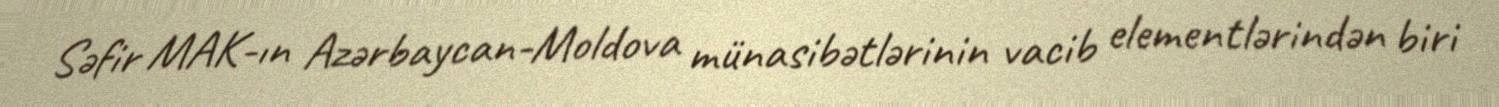
Səfir MAK-ın Azərbaycan-Moldova münasibətlərinin vacib elementlərindən biri